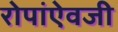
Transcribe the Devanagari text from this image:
रोपांएेवजी